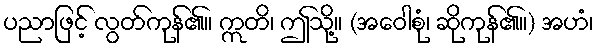
ပညာဖြင့် လွတ်ကုန်၏။ ဣတိ၊ ဤသို့။ (အဝေါစုံ၊ ဆိုကုန်၏။) အဟံ၊